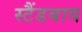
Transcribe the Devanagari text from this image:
स्टैंडबाय